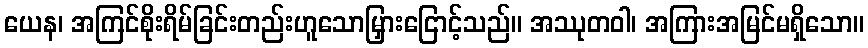
ယေန၊ အကြင်စိုးရိမ်ခြင်းတည်းဟူသောမြှားငြောင့်သည်။ အဿုတဝါ၊ အကြားအမြင်မရှိသော။